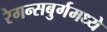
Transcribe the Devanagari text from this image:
रेगन्सबुर्गमध्ये